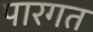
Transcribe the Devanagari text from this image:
पारगत